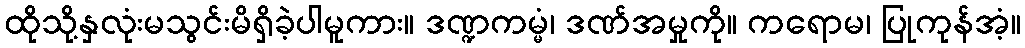
ထိုသို့နှလုံးမသွင်းမိရှိခဲ့ပါမူကား။ ဒဏ္ဍကမ္မံ၊ ဒဏ်အမှုကို။ ကရောမ၊ ပြုကုန်အံ့။